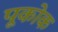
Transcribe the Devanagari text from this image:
पूकोक